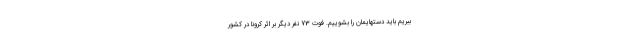
ببریم باید دستهایمان را بشوییم. فوت 73 نفر دیگر بر اثر کرونا در کشور